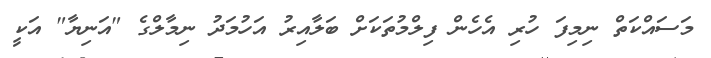
މަސައްކަތް ނިމިފަ ހުރި އެހެން ފިލްމުތަކަށް ބަލާއިރު އަހުމަދު ނިމާލްގެ "އަނިޔާ" އަކީ